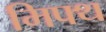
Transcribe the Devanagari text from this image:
मिफ्थ